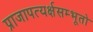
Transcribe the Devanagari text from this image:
प्राजापत्यर्क्षसम्भूतो